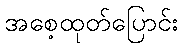
အစေ့ထုတ်ပြောင်း